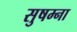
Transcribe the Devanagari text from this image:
सुषम्ना